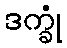
ဒက္ခုံ